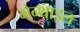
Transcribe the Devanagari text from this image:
मेन्थाइल